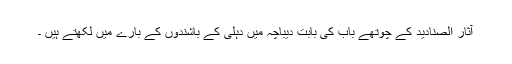
آثار الصنادید کے چوتھے باب کی بابت دیباچہ میں دہلی کے باشندوں کے بارے میں لکھتے ہیں ۔